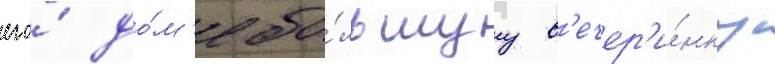
его́ до́м'е бо́льшуу в'ечер'и́нку